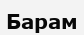
Барам